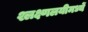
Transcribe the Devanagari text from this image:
श्लक्ष्णलयीमध्यें